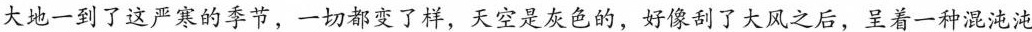
大地一到了这严寒的季节，一切都变了样，天空是灰色的，好像刮了大风之后，呈着一种混沌沌